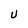
Character: U